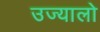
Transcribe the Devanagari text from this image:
उज्यालो